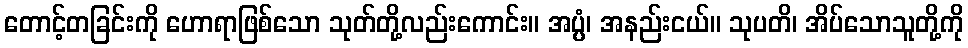
တောင့်တခြင်းကို ဟောရာဖြစ်သော သုတ်တို့လည်းကောင်း။ အပ္ပံ၊ အနည်းငယ်။ သုပတိ၊ အိပ်သောသူတို့ကို